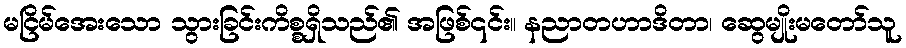
မငြိမ်အေးသော သွားခြင်းကိစ္စရှိသည်၏ အဖြစ်၎င်း။ နညာတဟာဒိတာ၊ ဆွေမျိုးမတော်သူ